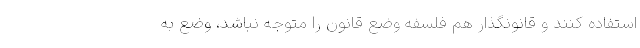
استفاده کنند و قانونگذار هم فلسفه وضع قانون را متوجه نباشد، وضع به